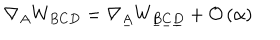
\nabla _ { A } W _ { B C D } = \nabla _ { \underline { { { A } } } } W _ { \underline { { { B } } } \underline { { { C } } } \underline { { { D } } } } + { \cal O } \left( \alpha \right)